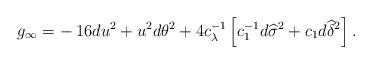
LaTeX: \begin{align*} g_\infty = - \: 16 du^2 + u^2 d\theta^2 + 4 c_\lambda^{-1} \left[ c_1^{-1} d\widehat{\sigma}^2 + c_1 d\widehat{\delta}^2 \right]. \end{align*}